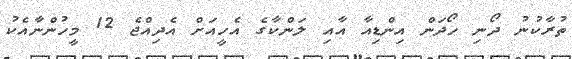
ތުރާކުނު ދޯނި ހޯދަން އިންޑިއާ އާއި ލަންކާގެ އެހީއަށް އެދިއްޖެ 12 މީހުންނާއެކު